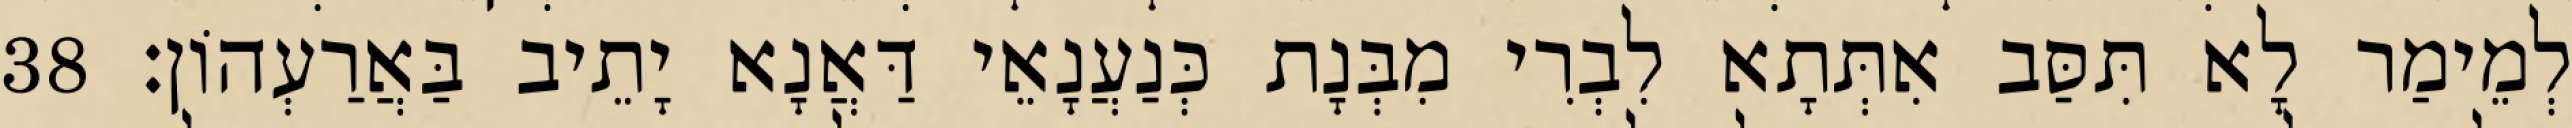
לְמֵימַר לָא תִּסַּב אִתְּתָא לִבְרִי מִבְּנָת כְּנַעֲנָאֵי דַּאֲנָא יָתֵיב בַּאֲרַעְהוֹן׃ 38